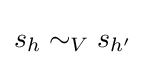
s_{h}\sim _{V}s_{h'}